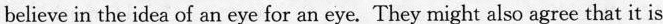
believe in the idea of an eye for an eye. They might also agree that it is